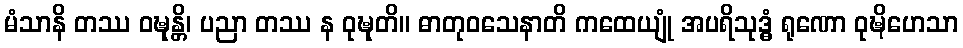
မံသာနိ တဿ ဝဍ္ဎုန္တိ၊ ပညာ တဿ န ဝုဍ္ဎုတိ။ ဓာတုဝသေနာတိ ကထေယျုံ အပရိသုဒ္ဓံ ရုဏော ဝုဍ္ဎိဟေသာ